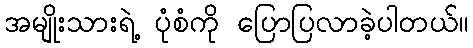
အမျိုးသားရဲ့ ပုံစံကို ပြောပြလာခဲ့ပါတယ်။